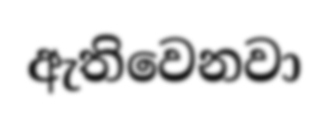
ඇතිවෙනවා